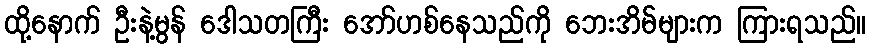
ထို့နောက် ဦးနဲ့မွန် ဒေါသတကြီး အော်ဟစ်နေသည်ကို ဘေးအိမ်များက ကြားရသည်။